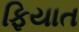
ફિયાત